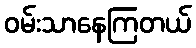
ဝမ်းသာနေကြတယ်